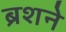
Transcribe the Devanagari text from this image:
ब्रशने